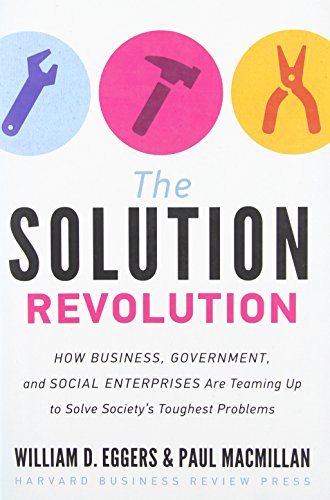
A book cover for The Solution Revolution: How Business, Government, and Social Enterprises Are Teaming Up to Solve Society's Toughest Problems; William D. Eggers; Business & Money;